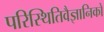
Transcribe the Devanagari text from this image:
परिस्थितिवैज्ञानिकों